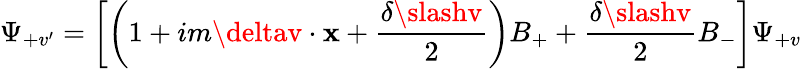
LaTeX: \Psi_{+v^{\prime}}=\left[\left(1+im\deltav\cdot\mathbf{x}+\frac{{\delta\slashv}}{{2}}\right)B_{+}+\frac{{\delta\slashv}}{{2}}B_{-}\right]\Psi_{+v}